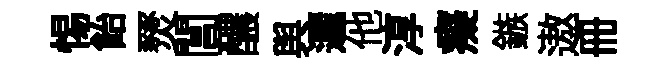
惕飴燹閶醲舆邐他淳癡鏃遨册